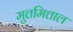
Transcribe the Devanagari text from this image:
मुत्तमित्ताल